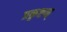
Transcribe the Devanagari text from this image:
प्रकृष्टम्